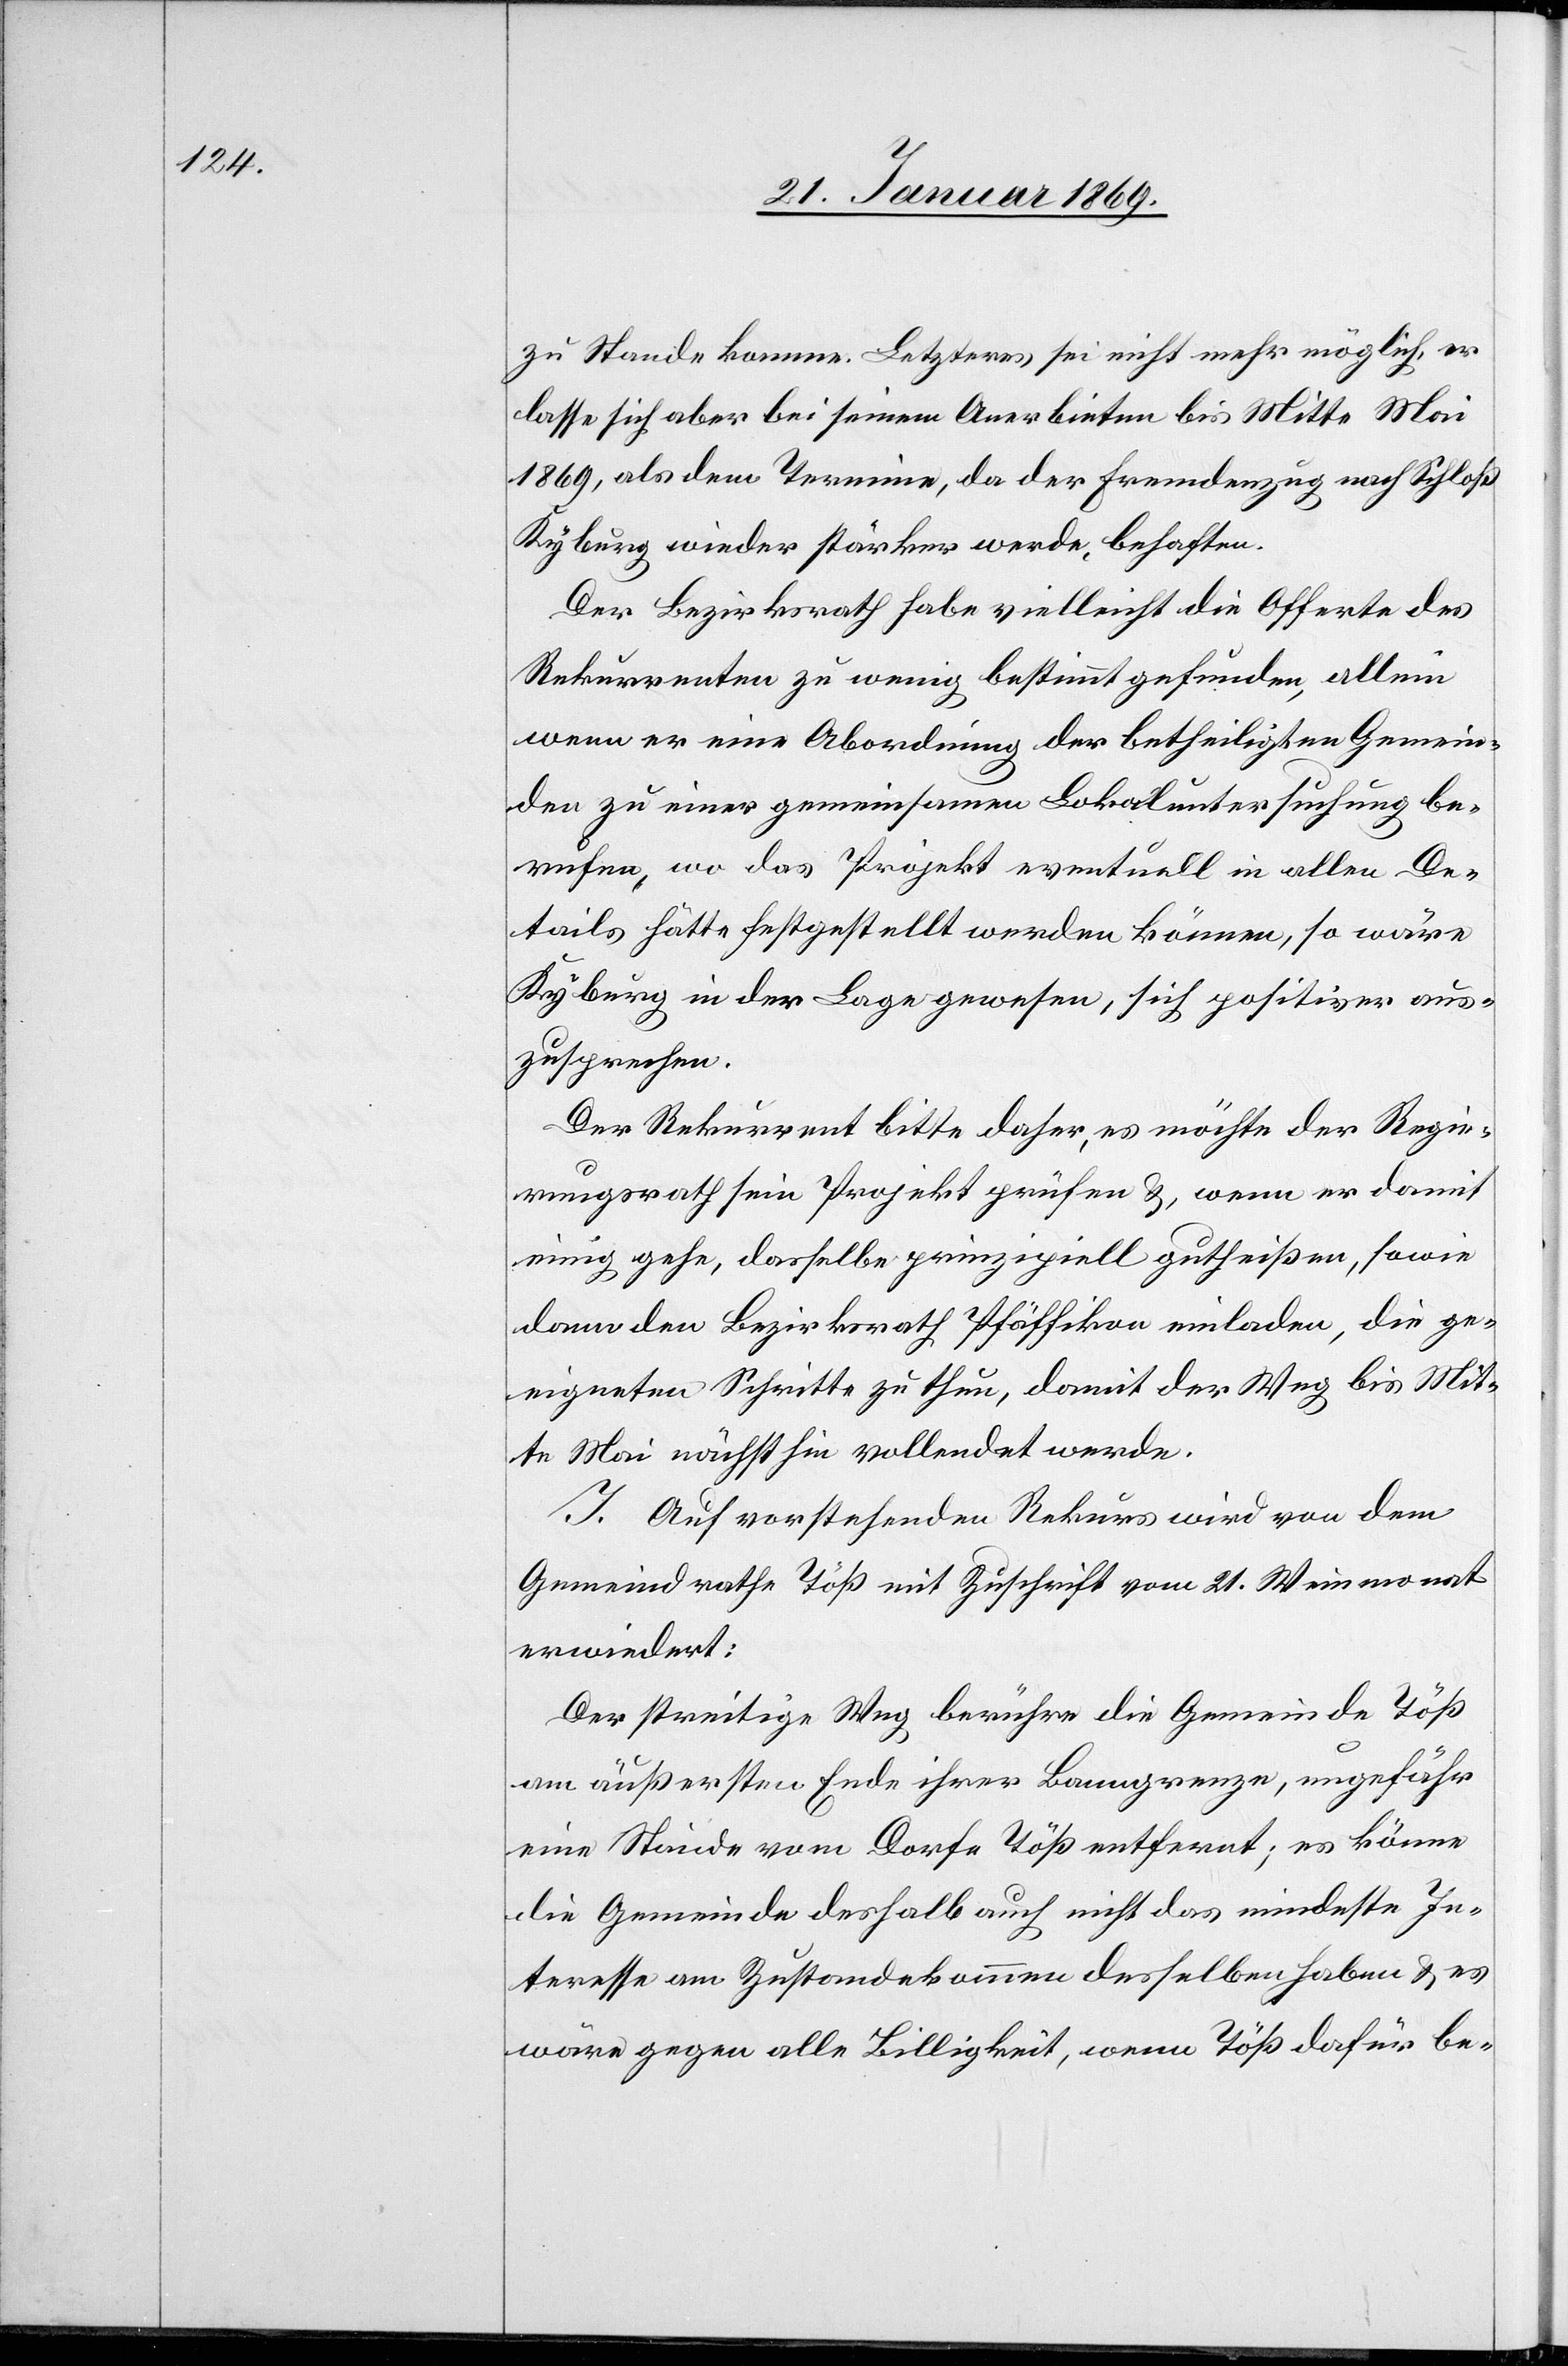
zu Stande komme. Letzteres sei nicht mehr möglich, es
lasse sich aber bei seinem Anerbieten bis Mitte Mai
1869, als dem Termine, da der Fremdenzug nach Schloß
Kyburg wieder stärker werde, behaften.
Der Bezirksrath habe vielleicht die Offerte des
Rekurrenten zu wenig bestimmt gefunden, allein
wenn er eine Abordnung der betheiligten Gemein¬
den zu einer gemeinsamen Lokaluntersuchung be¬
rufen, wo das Projekt eventuell in allen De¬
tails hätte festgestellt werden können, so wäre
Kyburg in der Lage gewesen, sich positiver aus¬
zusprechen.
Der Rekurrent bitte daher, es möchte der Regie¬
rungsrath sein Projekt prüfen &, wenn er damit
einig gehe, dasselbe prinzipiell gutheißen, sowie
dann den Bezirksrath Pfäffikon einladen, die ge¬
eigneten Schritte zu thun, damit der Weg bis Mit¬
te Mai nächsthin vollendet werde.
J. Auf vorstehenden Rekurs wird von dem
Gemeindrathe Töß mit Zuschrift vom 21. Weinmonat
erwiedert:
Der streitige Weg berühre die Gemeinde Töß
am äußersten Ende ihrer Banngrenze, ungefähr
eine Stunde vom Dorfe Töß entfernt; es könne
die Gemeinde deshalb auch nicht das mindeste In¬
teresse am Zustandekommen desselben haben & es
wäre gegen alle Billigkeit, wenn Töß dafür be-